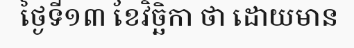
ថ្ងៃទី១៣ ខែវិច្ឆិកា ថា ដោយមាន